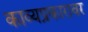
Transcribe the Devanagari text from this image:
काव्यप्रकारावर